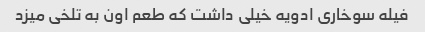
فیله سوخاری ادویه خیلی داشت که طعم اون به تلخی میزد